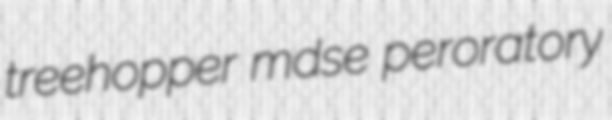
treehopper mdse peroratory